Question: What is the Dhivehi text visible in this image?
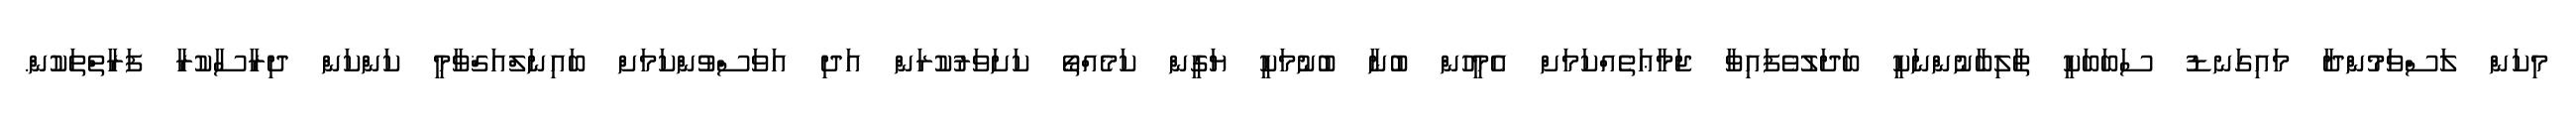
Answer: މިކަން ލަސްވަމުންދާ މައިގަނޑު ސަބަބަކީ ތާލިބާނުންނަކީ ބަދަލުވެފައިވާ ޖަމާޢަތެއްކަމަށް އެމީހުން ބުނާ ބުނުމަކީ ޔަގީން ކަމެއްތޯ ކަށަވަރުކުރަން އަދި އަވަސްވުންކަމަށް ބައިނަލްއަޤްވާމީ ކަންކަން ދިރާސާކުރާ ފަރާތްތަކުން.